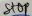
Text: Stop